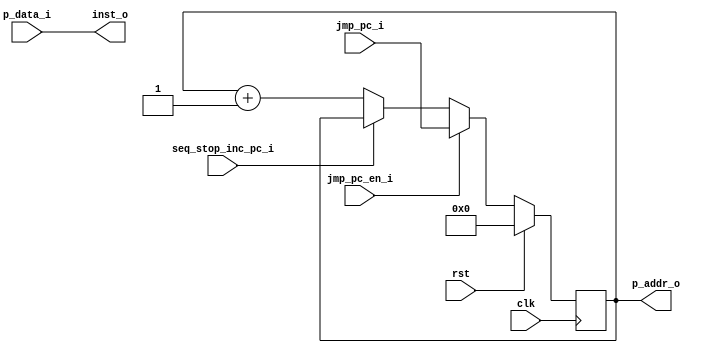
module nkmd_cpu_if(
    input wire clk,
    input wire rst,
    input wire [31:0] p_data_i,
    output wire [31:0] p_addr_o,
    input wire seq_stop_inc_pc_i,
    input wire [31:0] jmp_pc_i,
    input wire jmp_pc_en_i,
    output wire [31:0] inst_o);
assign p_addr_o = pc_ff;
assign inst_o = p_data_i;
reg [31:0] pc_ff;
always @(posedge clk) begin
    if (rst) begin
        pc_ff <= 32'h0;
    end else begin
        if (jmp_pc_en_i)
            pc_ff <= jmp_pc_i;
        else if (!seq_stop_inc_pc_i)
            pc_ff <= pc_ff + 1;
    end
end
endmodule